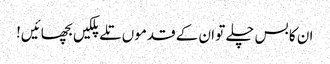
ان کا بس چلے تو ان کے قدموں تلے پلکیں بچھائیں!